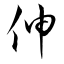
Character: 伸